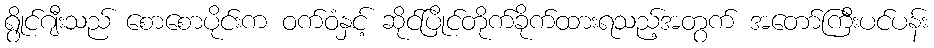
ရွိုင်ဂျီးသည် စောစောပိုင်းက ဝက်ဝံနှင့် ဆိုင်ပြိုင်တိုက်ခိုက်ထားရသည့်အတွက် အတော်ကြီးပင်ပန်း